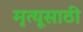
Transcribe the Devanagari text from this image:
मृत्यूसाठी